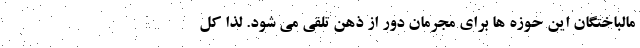
مالباختگان این حوزه ها برای مجرمان دور از ذهن تلقی می شود. لذا کل